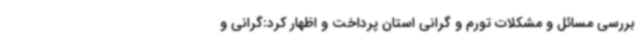
بررسی مسائل و مشکلات تورم و گرانی استان پرداخت و اظهار کرد:گرانی و